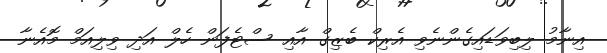
އިނާމު ލިބިވަޑައިގެންނެވި އެރިކް ބެޒިގް އާއި ސްޓެފަން ހެލް އަދި ވިލިއަމް މޮއެނާ